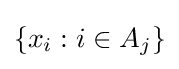
\{x_{i}:i\in A_{j}\}